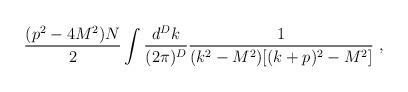
LaTeX: \begin{align*}\frac{(p^2-4M^2)N}2\int\frac{d^Dk}{(2\pi)^D} \frac{1}{(k^2-M^2)[(k+p)^2-M^2]}\,\,,\end{align*}